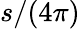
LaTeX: s/(4\pi)